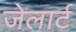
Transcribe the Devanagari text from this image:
जेलार्ट